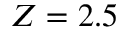
Z = 2 . 5